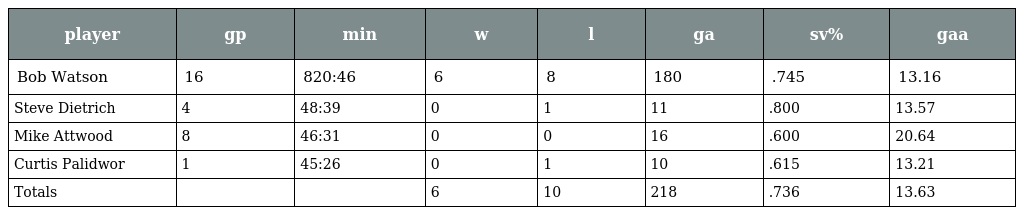
| player | gp | min | w | l | ga | sv% | gaa |
 | --- | --- | --- | --- | --- | --- | --- | --- |
 | Bob Watson | 16 | 820:46 | 6 | 8 | 180 | .745 | 13.16 |
 | Steve Dietrich | 4 | 48:39 | 0 | 1 | 11 | .800 | 13.57 |
 | Mike Attwood | 8 | 46:31 | 0 | 0 | 16 | .600 | 20.64 |
 | Curtis Palidwor | 1 | 45:26 | 0 | 1 | 10 | .615 | 13.21 |
 | Totals |  |  | 6 | 10 | 218 | .736 | 13.63 |